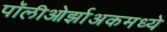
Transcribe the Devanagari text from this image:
पॉलीओर्झाअकमध्ये